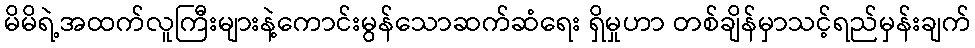
မိမိရဲ့အထက်လူကြီးများနဲ့ကောင်းမွန်သောဆက်ဆံရေး ရှိမှုဟာ တစ်ချိန်မှာသင့်ရည်မှန်းချက်